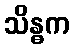
သိန္ဓက